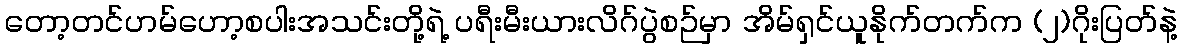
တော့တင်ဟမ်ဟော့စပါးအသင်းတို့ရဲ့ ပရီးမီးယားလိဂ်ပွဲစဉ်မှာ အိမ်ရှင်ယူနိုက်တက်က (၂)ဂိုးပြတ်နဲ့